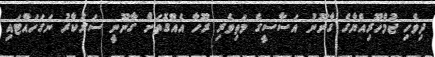
ދިވެހި ޖުމްހޫރިއްޔާގެ ގާނޫނު އަސާސީގެ މަތިވެރި ރޫހާ އެއްގޮތަށް ގާނޫނީ ސަރުކާރު ނަގަހައްޓައި